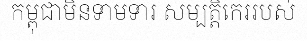
កម្ពុជាមិនទាមទារ សម្បត្តិកេររបស់